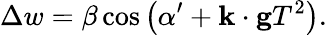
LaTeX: \Delta w=\beta\cos\left(\alpha^{\prime}+\mathbf{k}\cdot\mathbf{g}T^{2}\right).